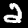
Label: 2